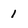
Character: 1